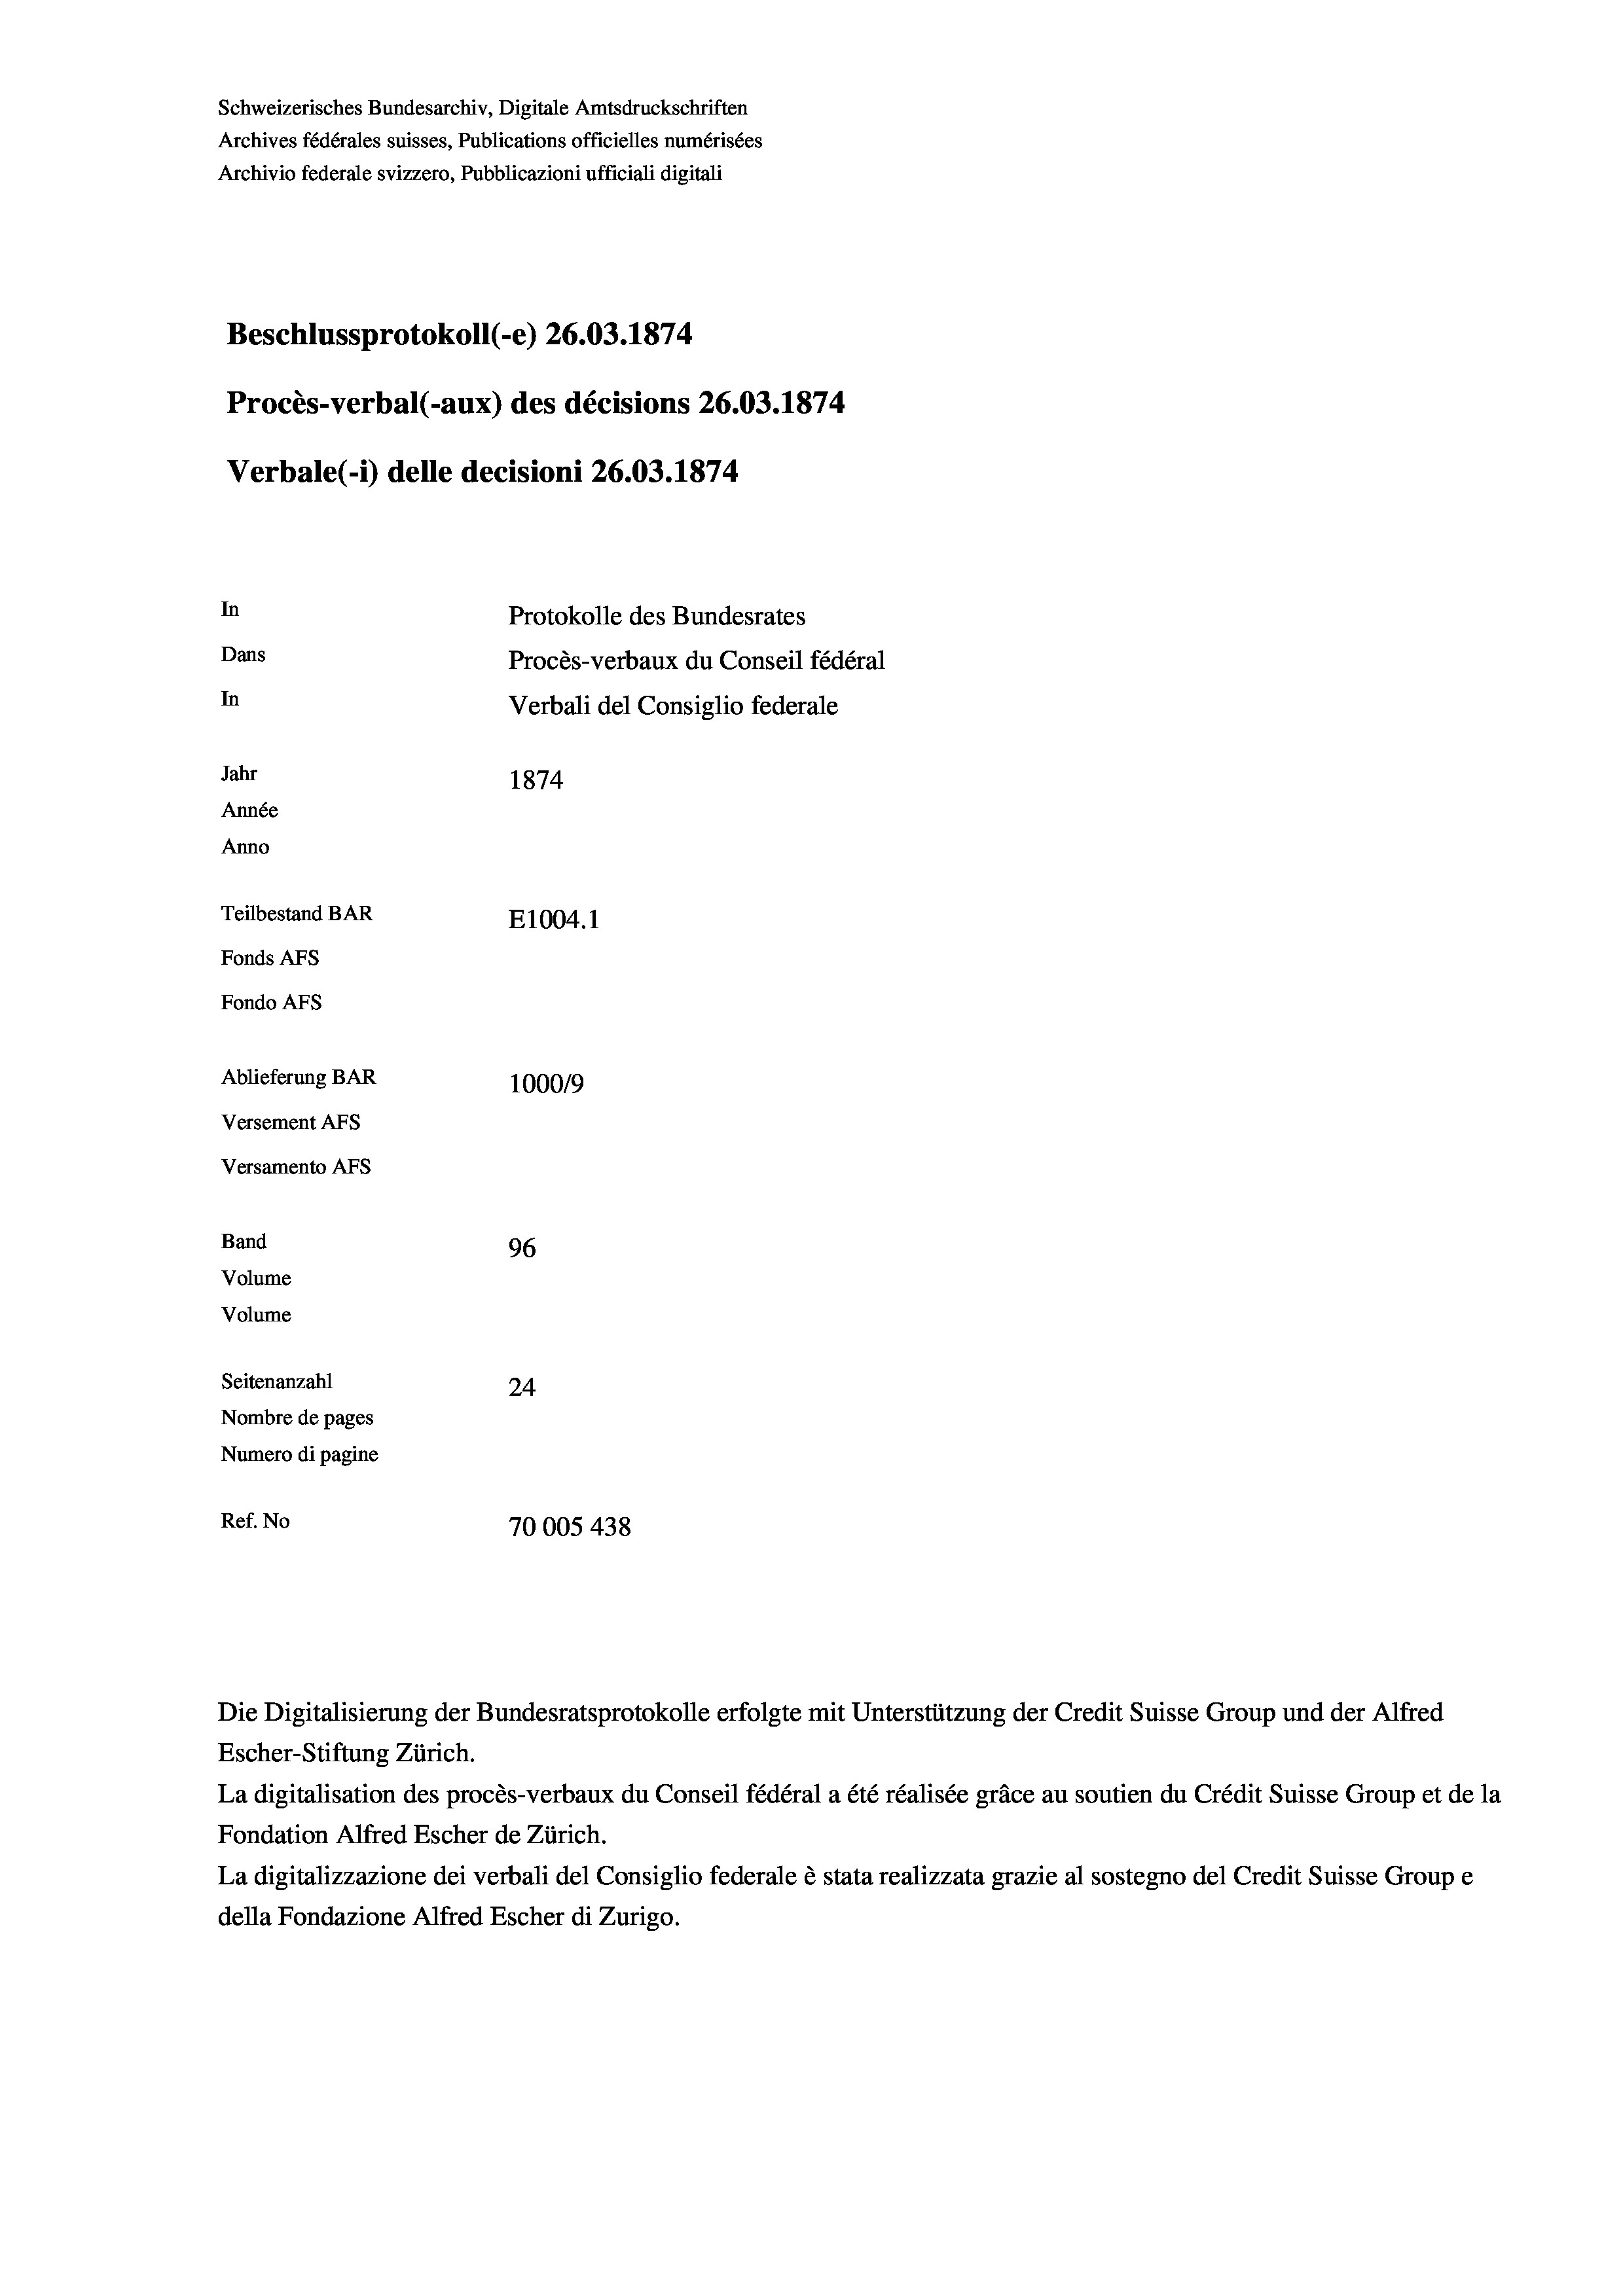
Schweizerisches Bundesarchiv, Digitale Amtsdruckschriften
Archives fédérales suisses, Publications officielles numérisées
Archivio federale svizzero, Pubblicazioni ufficiali digitali
Beschlussprotokoll (-e) 26.03. 1874
Procès-verbal (-aux) des décisions 26.03. 1874
Verbale (- 1) delle decisioni 26.03. 1874
In
Protokolle des Bundesrates
Dans
Procès-verbaux du Conseil fédéral
In
Verbali del Consiglio federale
Jahr
1874
Année
Anno
Teilbestand BAR
E1004. 1
Fonds Afs
Fondo AFs
Ablieferung BAR
1000/9
Versement Abs
Versamento Afs

96
Seitenanzahl
24
Nombre de pages
Numero di pagine
Ref. No
70005 438

Band
Volume
Volume

La digitalisation des procès-verbaux du Conseil fédéral a été réalisée gräce au soutien du Crédit Suisse Group et de la
Fondation Alfred Escher de Zürich.
La digitalizzazione dei verbali del Consiglio federale è stata realizzata grazie al sostegno del Credit Suisse Groupe
della Fondazione Alfred Escher di Zurigo.

Die Digitalisierung der Bundesratsprotokolle erfolgte mit Unterstützung der Credit Suisse Group und der Alfred
Escher-Stiftung Zürich.